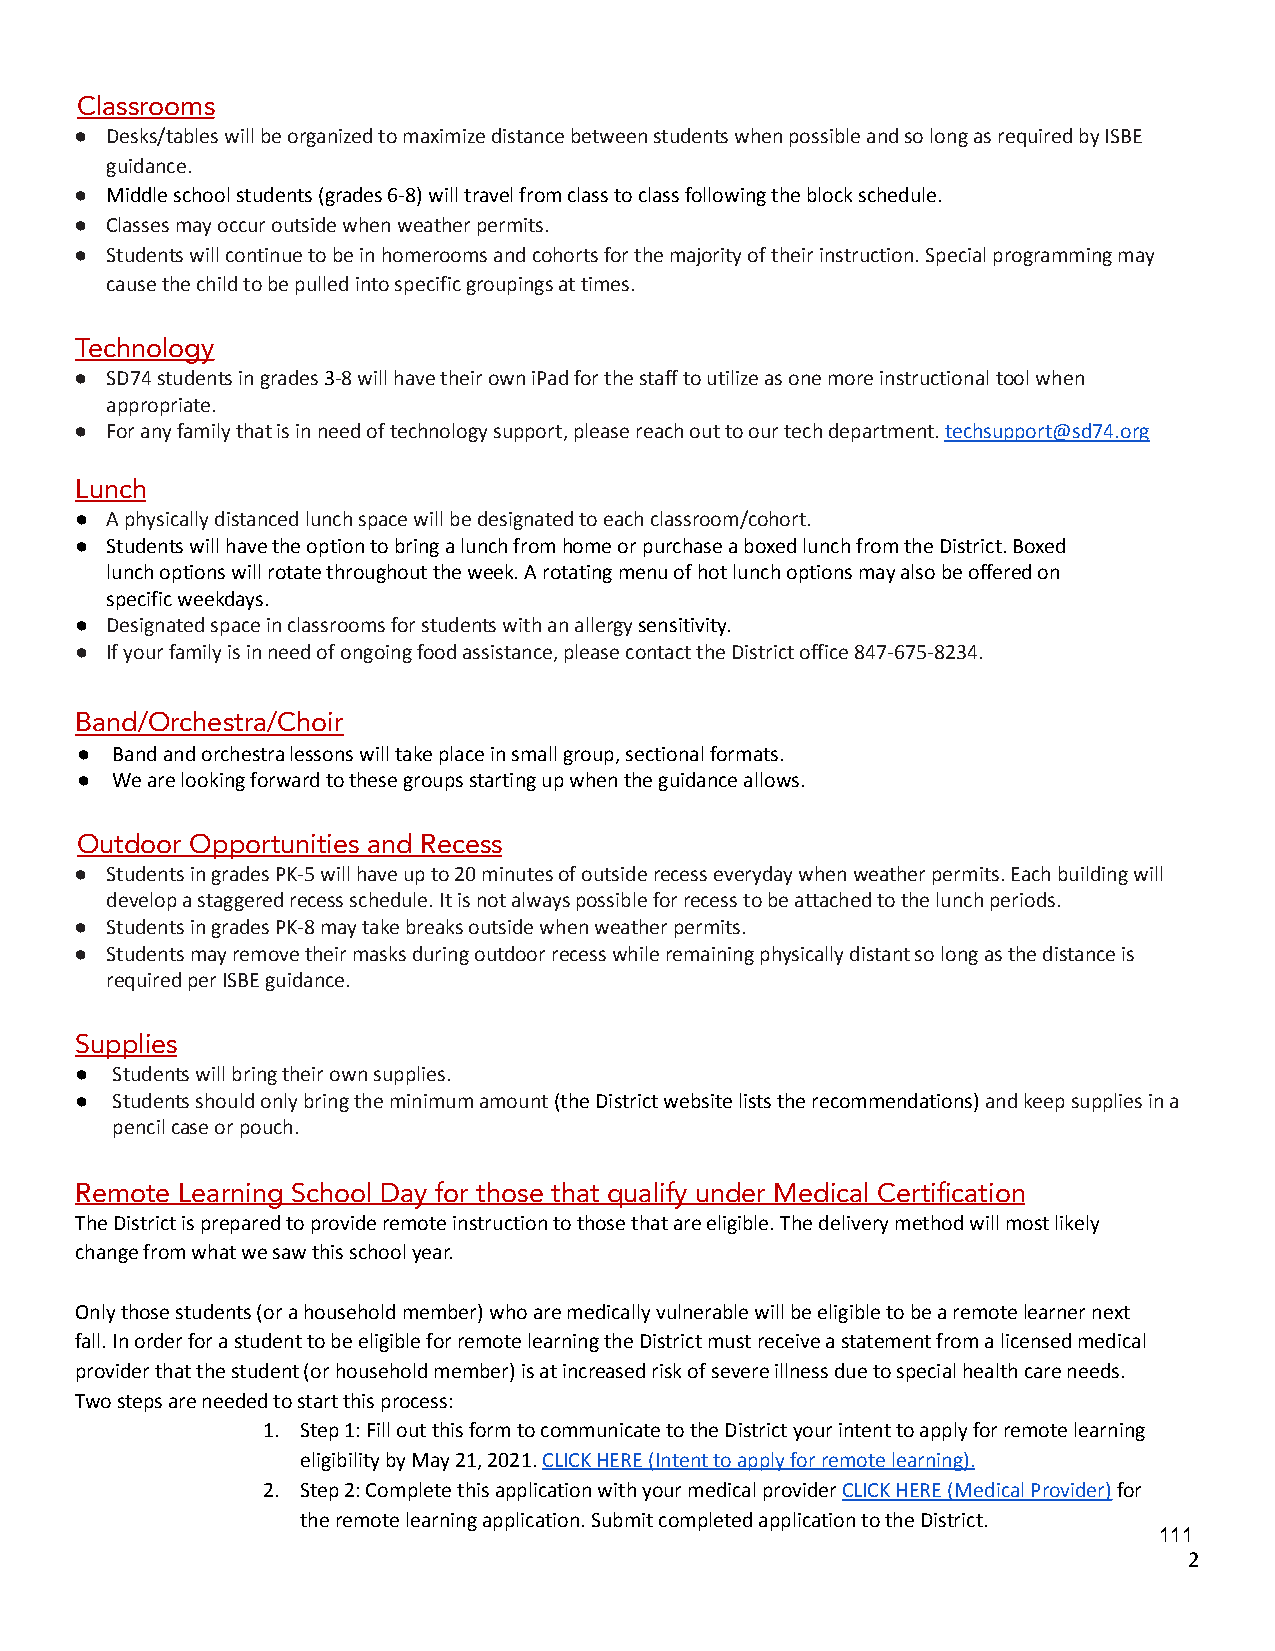
Classrooms
 ● Desks/tables will be organized to maximize distancebetween students when possible and so long as requiredby ISBE
 guidance.
 ● Middle school students (grades 6-8) will travel fromclass to class following the block schedule.
 ● Classes may occur outside when weather permits.
 ● Students will continue to be in homerooms and cohortsfor the majority of their instruction. Special programmingmay
 cause the child to be pulled into specific groupingsat times.
 Technology
 ● SD74 students in grades3-8 will have their own iPadfor the staff to utilize as one more instructionaltool when
 appropriate.
 ● For any family that is in need of technology support,please reach out to our tech department.techsupport@sd74.org
 Lunch
 ● A physically distanced lunch space will be designatedto each classroom/cohort.
 ● Students will have the option to bring a lunch fromhome or purchase a boxed lunch from the District.Boxed
 lunch options will rotate throughout the week. A rotatingmenu of hot lunch options may also be offered on
 specific weekdays.
 ● Designated space in classrooms for students with anallergysensitivity.
 ● If your family is in need of ongoing food assistance,please contact the District office 847-675-8234.
 Band/Orchestra/Choir
 ● Band and orchestra lessons will take place in smallgroup, sectional formats.
 ● We are looking forward to these groups starting upwhen the guidance allows.
 Outdoor Opportunities and Recess
 ● Students in grades PK-5 will have up to 20 minutesof outside recess everyday when weather permits.Each building will
 develop a staggered recess schedule. It is not alwayspossible for recess to be attached to the lunch periods.
 ● Students in grades PK-8 may take breaks outside whenweather permits.
 ● Students may remove their masks during outdoor recesswhile remaining physically distant so long as thedistance is
 required per ISBE guidance.
 Supplies
 ● Students will bring their own supplies.
 ● Students should only bring the minimum amount(theDistrict website lists the recommendations)and keepsupplies in a
 pencil case or pouch.
 Remote Learning School Day for those that qualify under Medical Certification
 The District is prepared to provide remote instructionto those that are eligible. The delivery method willmost likely
 change from what we saw this school year.
 Only those students (or a household member) who aremedically vulnerable will be eligible to be a remotelearner next
 fall. In order for a student to be eligible for remotelearning the District must receive a statement froma licensed medical
 provider that the student (or household member) isat increased risk of severe illness due to specialhealth care needs.
 Two steps are needed to start this process:
 1. Step 1: Fill out this form to communicate to the Districtyour intent to apply for remote learning
 eligibility by May 21, 2021.CLICK HERE (Intent toapply for remote learning).
 2. Step 2: Complete this application with your medicalproviderCLICK HERE (Medical Provider)for
 the remote learning application. Submit completedapplication to the District.
 111
 2